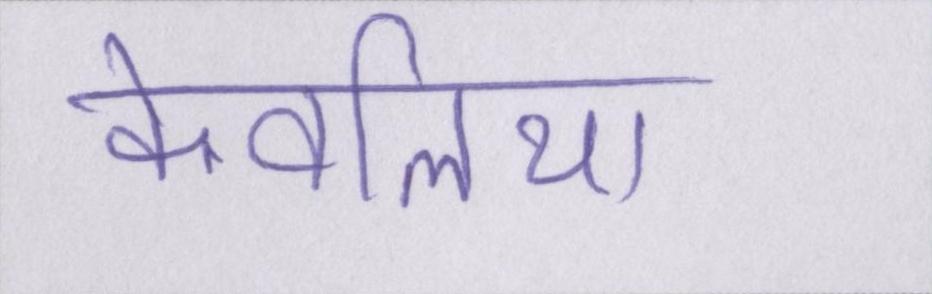
केवलिया